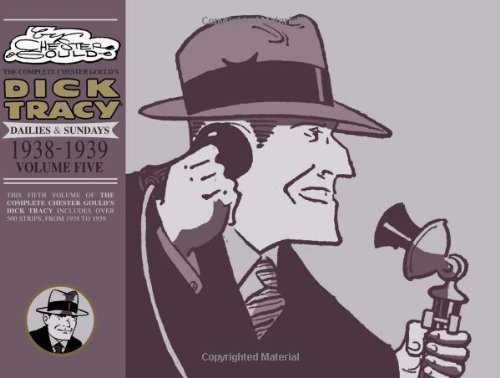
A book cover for Complete Chester Gould's Dick Tracy Volume 5; Chester Gould; Humor & Entertainment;